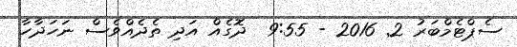
ސެޕްޓެމްބަރު 2